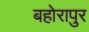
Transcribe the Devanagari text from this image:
बहोरापुर